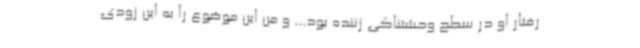
رفتار او در سطح وحشتناکی زننده بود... و من این موضوع را به این زودی